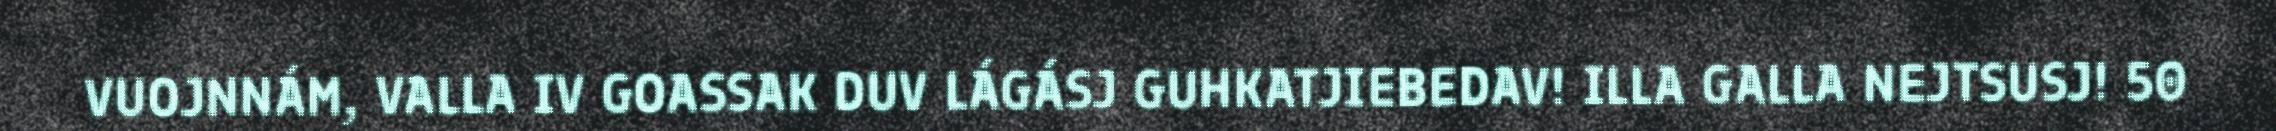
VUOJNNÁM, VALLA IV GOASSAK DUV LÁGÁSJ GUHKATJIEBEDAV! ILLA GALLA NEJTSUSJ! 50